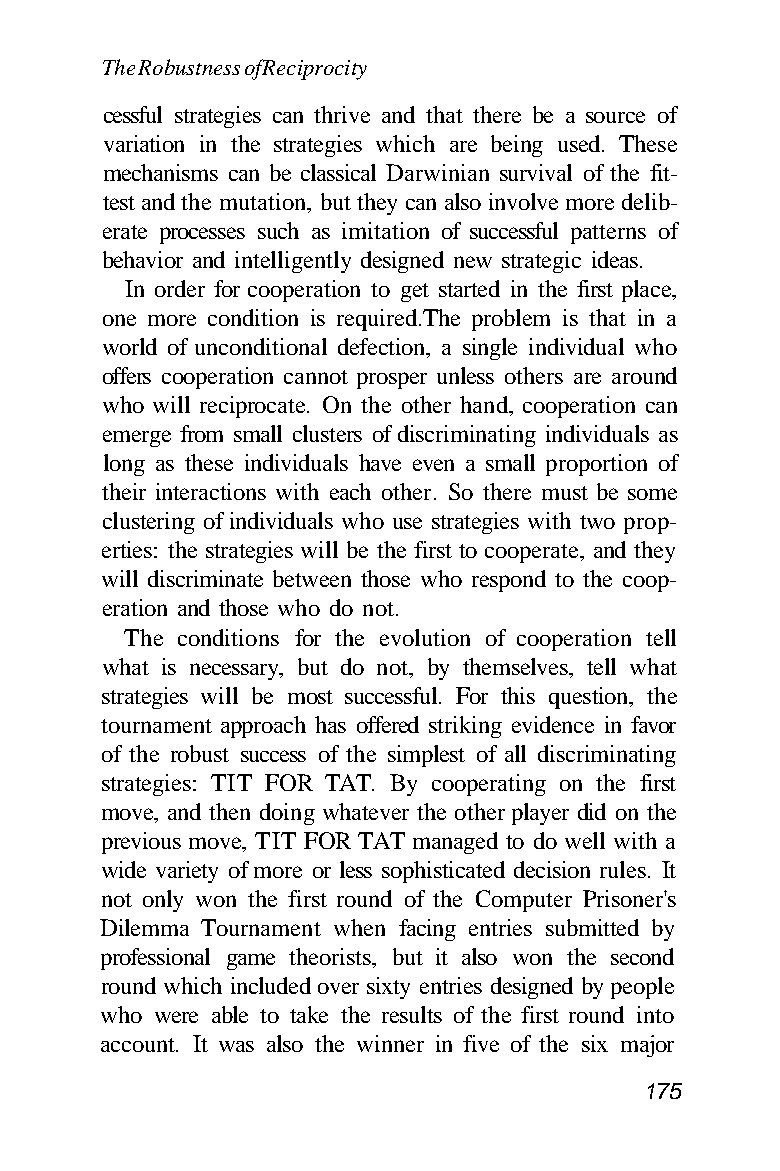
The Robustness of Reciprocity
 cessful strategies can thrive and that there be a source of
 variation in the strategies which are being used. These
 mechanisms can be classical Darwinian survival of the fit-
 test and the mutation, but they can also involve more delib-
 erate processes such as imitation of successful patterns of
 behavior and intelligently designed new strategic ideas.
 In order for cooperation to get started in the first place,
 one more condition is required.The problem is that in a
 world of unconditional defection, a single individual who
 offers cooperation cannot prosper unless others are around
 who will reciprocate. On the other hand, cooperation can
 emerge from small clusters of discriminating individuals as
 long as these individuals have even a small proportion of
 their interactions with each other. So there must be some
 clustering of individuals who use strategies with two prop-
 erties: the strategies will be the first to cooperate, and they
 will discriminate between those who respond to the coop-
 eration and those who do not.
 The conditions for the evolution of cooperation tell
 what is necessary, but do not, by themselves, tell what
 strategies will be most successful. For this question, the
 tournament approach has offered striking evidence in favor
 of the robust success of the simplest of all discriminating
 strategies: TIT FOR TAT. By cooperating on the first
 move, and then doing whatever the other player did on the
 previous move, TIT FOR TAT managed to do well with a
 wide variety of more or less sophisticated decision rules. It
 not only won the first round of the Computer Prisoner's
 Dilemma Tournament when facing entries submitted by
 professional game theorists, but it also won the second
 round which included over sixty entries designed by people
 who were able to take the results of the first round into
 account. It was also the winner in five of the six major
 175